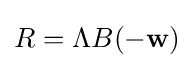
R=\Lambda B(-\mathbf {w} )